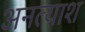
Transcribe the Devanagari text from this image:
अनत्याश